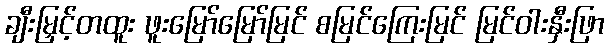
ချီးမြှင့်တထူး ဖူးမြော်မြော်မြင် စမြင်ကြေးမြင် မြင်ဝါးနှီးဖြာ